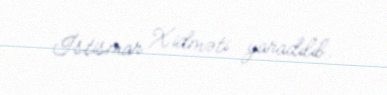
İstismar Xidməti yaradılıb.